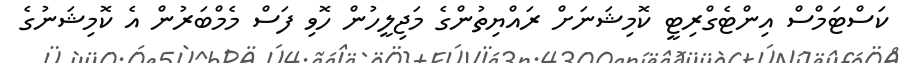
ކަސްޓަމްސް އިންޓެގްރިޓީ ކޮމިޝަނަށް ރައްޔިތުންގެ މަޖިލީހުން ހޮވި ފަސް މެމްބަރުން އެ ކޮމިޝަނުގެ